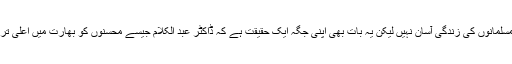
بھارت میں اگرچہ مسلمانوں کی زندگی آسان نہیں لیکن یہ بات بھی اپنی جگہ ایک حقیقت ہے کہ ڈاکٹر عبد الکلام جیسے محسنوں کو بھارت میں اعلیٰ ترین مقام بھی دیا گیا۔